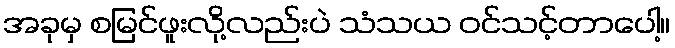
အခုမှ စမြင်ဖူးလို့လည်းပဲ သံသယ ဝင်သင့်တာပေါ့။